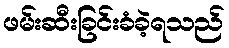
ဖမ်းဆီးခြင်းခံခဲ့ရသည်